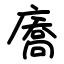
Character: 㢗